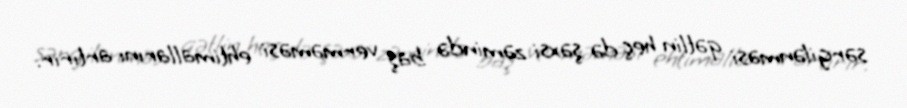
sərgilənməsi qətlin heç də şəxsi zəmində baş verməməsi ehtimallarını artırır.